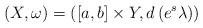
LaTeX: \begin{align*}(X,\omega) = \left([a,b]\times Y,d\left(e^s\lambda\right)\right) \end{align*}